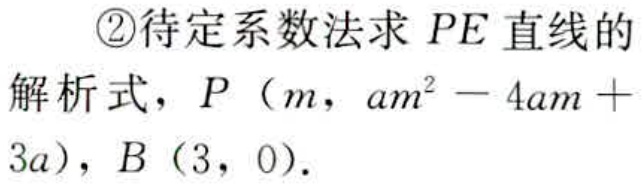
\textcircled{2}待定系数法求 \(PE\) 直线的
解析式，\(P\left(m,am^{2}-4am + 3a\right)\)，\(B\left(3,0\right)\)．